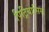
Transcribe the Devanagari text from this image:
पिट्रियासिस